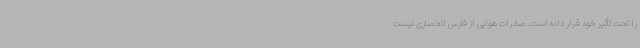
را تحت تأثیر خود قرار داده است. صادرات هوایی از فارس انحصاری نیست